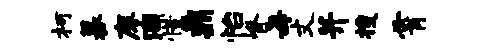
柯募廖涸惜鼎怡脊每丈并搜霄